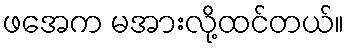
ဖအေက မအားလို့ထင်တယ်။